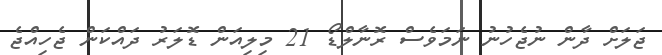
ޖަލަށް ދާން ނުޖެހުނު ނަމަވެސް ރޮނާލްޑޯ 21 މިލިއަން ޑޮލަރު ދައްކަން ޖެހިއްޖެ